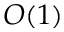
O ( 1 )